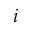
i